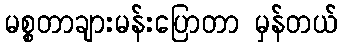
မစ္စတာချားမန်းပြောတာ မှန်တယ်